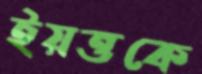
ইয়ত্তকে